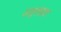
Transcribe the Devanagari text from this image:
अतुलप्रज्ञा